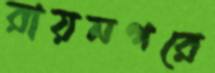
রায়নগরে